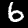
Label: 6